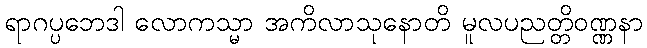
ရာဂပ္ပဘေဒါ လောကသ္မာ အကိလာသုနောတိ မူလပညတ္တိဝဏ္ဏနာ